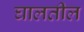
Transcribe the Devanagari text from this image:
घालतील